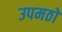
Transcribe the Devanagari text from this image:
उपमठों